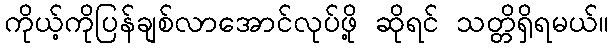
ကိုယ့်ကိုပြန်ချစ်လာအောင်လုပ်ဖို့ ဆိုရင် သတ္တိရှိရမယ်။